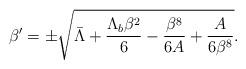
LaTeX: \begin{align*}\beta^\prime= \pm\sqrt{\bar\Lambda +\frac{\Lambda_b \beta^2}{6}-\frac{\beta^8}{6A}+\frac{A}{6\beta^8}}.\end{align*}